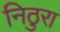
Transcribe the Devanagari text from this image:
निठुरा